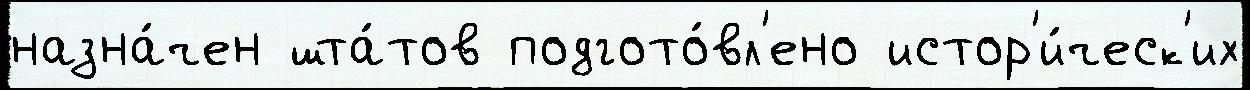
назна́чен шта́тов подгото́вл'ено истор'и́ческ'их